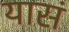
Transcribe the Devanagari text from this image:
यासं